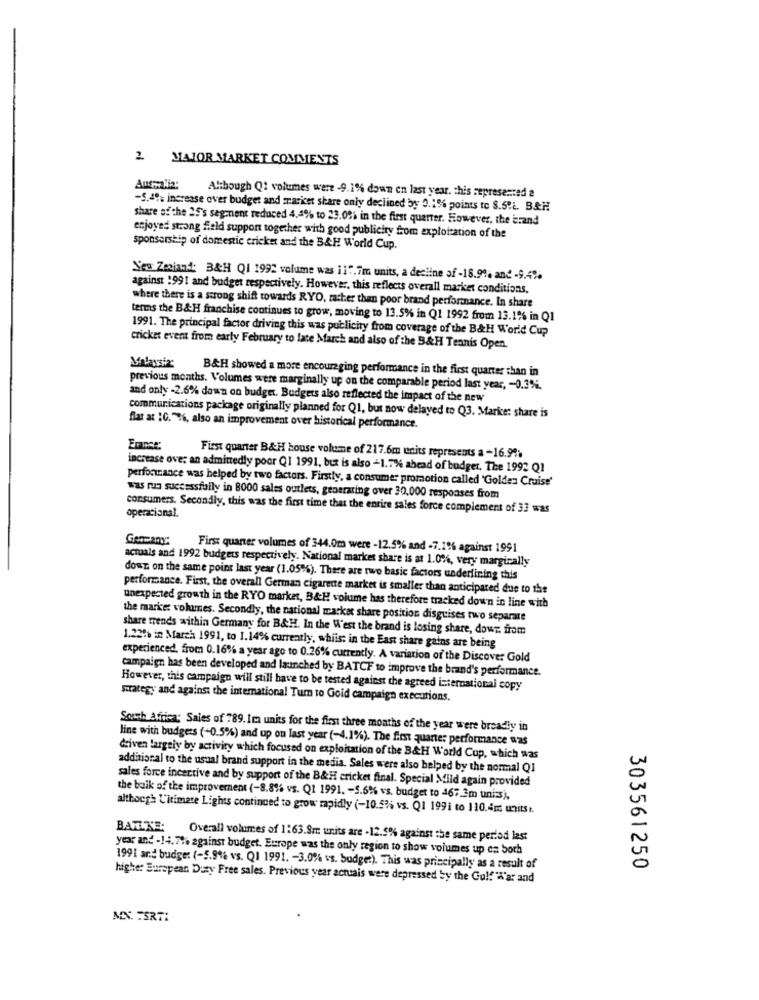
2. MAJOR MARKET COMMENTS
Although Q1 volumes were -9.1% down en last year. this represented 2
-5.20. increase over budget and market share only declined by 0.1% points to S.S.t. B&H
share of the 25's segment reduced 4,4% to 23.086 in the first quarter. However, the brand
enjoyed strong field support together with good publicity from exploitation of the
sponsorship of domestic cricket and the B&H World Cup.
Neu Zenjand: B&H QI 1992 volume was ii". im units, a decline of -18.9%, and -9.4%
against 1991 and budget respectively. However, this reflects overall market conditions,
where there is a strong shift towards RYO, rather than poor brand performance. In share
terms the B&H franchise continues to grow, moving to 13.5% in Q1 1992 from 13.1% in Q1
1991. The principal factor driving this was publicity from coverage of the B&H World Cup
cricket event from early February to late March and also of the B&H Tennis Open.
Malaysia:
B&H showed a more encouraging performance in the first quarter than in
previous months. Volumes were marginally up on the comparable period last year, - 0.3%.
and only -2.6% down on budget. Budgets also reflected the impact of the new
communications package originally planned for Q1, but now delayed to Q3. Marie: share is
flat at IC. "To, also an improvement over historical performance.
France:
First quarter B&H house volume of 217.6m units represents a -16.99%
increase ove: an admittedly poor Q1 1991, but is also -1.7%% ahead of budget. The 1992 Q1
performance was helped by two factors. Firstly, a consumer promotion called 'Golden Cruise'
was run successfully in 8000 sales outlets, generating over 30,000 responses from
operacional.
consumers. Secondly, this was the first time that the entire sales force complement of 33 was
Germany:
First quarter volumes of 344.0m were -12.5% and -7.1% against 1991
actuals and 1992 budgets respectively. National market share is at 1.0%, very margically
down on the same point last year (1.05%). There are two basic factors underlining this
performance. First, the overall German cigarette market is smaller than anticipated due to the
unexpected growth in the RYO market, B&H volume has therefore tracked down in line with
the market volumes. Secondly, the national market share position disguises two separate
share trends within Germany for B&H. In the West the brand is losing share, dowy. from
1.22% in March 1991, to 1.14% currently, whiist in the East share gains are being
experienced, from 0.16% a year ago to 0.26% currently. A variation of the Discover Gold
campaign has been developed and launched by BATCF to improve the brand's performance.
However, this campaign will still have to be tested against the agreed international copy
strategy and against the international Tum to Goid campaign executions.
South Africa: Saies of 789. Im units for the first three months of the year were broadly in
line with budgets (-0.5%) and up ou last year (-4.1%). The first quarter performance was
driven largely by activity which focused on exploitation of the B&H World Cup, which was
additional to the usual brand support in the media. Sales were also helped by the normal Q1
sales force incentive and by support of the B&H cricket final. Special Mild again provided
the baik of the improvement (-8.8% vs. Q1 1991. - 5.6%% vs. budget to 467.3m units).
although Litimare Lights continued to grow rapidly (-10.5% vs. Q1 199i to 110.4 units t.
BAILKE: Overall volumes of 1:63.8m units are - 12.5% against the same period last
year and -14.7% against budget. Europe was the only region to show volumes up en both
1991 and budget (-5.9% vs. Q) 1991. - 3.0% vs. budget). This was principally as a result of
303561250
higher European Duty Free sales. Previous year actuais were depressed by the Gulf War and
MN. TSRTI